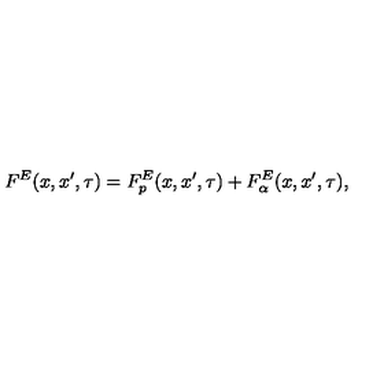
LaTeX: F ^ { E } ( x , x ^ { \prime } , \tau ) = F _ { p } ^ { E } ( x , x ^ { \prime } , \tau ) + F _ { \alpha } ^ { E } ( x , x ^ { \prime } , \tau ) ,